Report on sanitation, dispensaries, and jails in Rajputana for 1918, and on vaccination for the year 1918-1919 - 1918-1919
Year: 1918
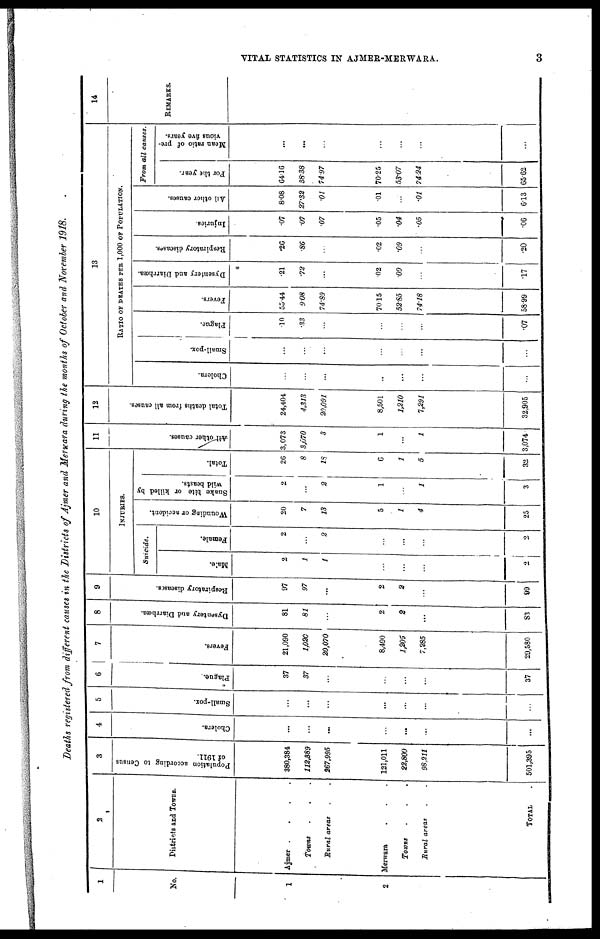
VITAL STATISTICS IN AJMER-MERWARA.
3
Deaths registered from different causes in the Districts of Ajmer and Merwara during the months of October and November 1918.
1
No.
1
2
2
Districts and Towns.
Ajmer .
.
.
.
Towns . . .
Rural areas . .
Merwara . . .
Towns . . .
Rural areas . .
TOTAL
3
Population according to Census
of 1911.
380,384
112,389
267,995
121,011
22,800
98,211
501,395
4
Cholera.
...
...
...
...
...
...
...
5
Small-pox.
...
...
...
...
...
...
...
6
Plague.
37
37
...
...
...
...
37
7
Fevers.
21,090
1,020
20,070
8,490
1,205
7,285
29,580
8
Dysentery and Diarrhœa.
81
81
...
2
2
...
83
9
Respiratory diseases.
97
97
...
2
2
...
99
10
INJURIES.
Suicide.
Male.
2
1
1
...
...
...
2
Female.
2
...
2
...
...
...
2
Wounding or accident.
20
7
13
5
1
4
25
Snake bite or killed by
wild beasts.
2
...
2
1
...
1
3
Total.
26
8
18
6
1
5
32
11
All other causes.
3,073
3,070
3
1
...
1
3,074
12
Total deaths from all causes.
24,404
4,313
20,091
8,501
1,210
7,291
32,905
13
RATIO OF DEATHS PER 1,000 OF POPULATION.
Cholera.
...
...
...
...
...
...
...
Small-pox.
...
...
...
...
...
...
...
Plague.
10
.33
...
...
...
...
.07
Fevers.
55.44
9.08
74.89
70.15
52.85
74.18
58.99
Dysentery and Diarrhoea.
.21
.72
...
.02
.09
...
.17
Respiratory diseases.
.26
.86
...
.02
.09
...
.20
Injuries.
.07
.07
.07
.05
.04
.05
.06
All other causes.
8.08
27.32
.01
.01
...
.01
6.13
From all causes.
For the year.
64.16
38.38
74.97
70.25
53.07
74.24
65.62
Mean ratio of pre-
vious five years.
...
...
...
...
...
...
...
14
REMARKS.